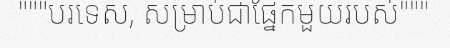
"""បរទេស, សម្រាប់ជាផ្នែកមួយរបស់"""